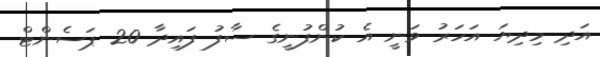
އަދި މިދިޔަ އަހަރު ވަނީ އެ ކުންފުނީގެ ސާފު ފައިދާ 20 ޕަސެންޓް